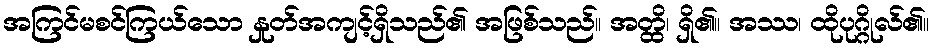
အကြင်မစင်ကြယ်သော နှုတ်အကျင့်ရှိသည်၏ အဖြစ်သည်။ အတ္ထိ၊ ရှိ၏။ အဿ၊ ထိုပုဂ္ဂိုလ်၏။